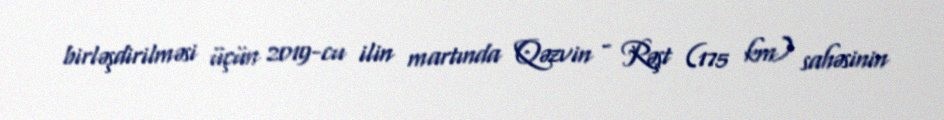
birləşdirilməsi üçün 2019-cu ilin martında Qəzvin - Rəşt (175 km) sahəsinin